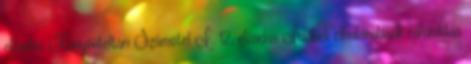
előadás Könyvviteltan Számvitel I. 12. előadás Időbeli elhatárolások ráfordítás